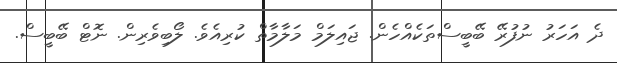
ދެ އަހަރު ނުފުރޭ ބޭބީސްތަކެއްހެން. ޖައިލަމް މަލާމާތް ކުރިއެވެ. ލޯބިވެރިން. ނޮޓް ބޭބީސް.